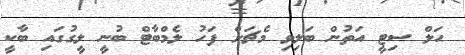
ހަލް ސިޓީ އަތުން ބަލިވި މެޗަށް ފަހު ލެމްބާޓް ބުނީ ލީގުގައި ބާކީ